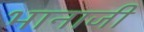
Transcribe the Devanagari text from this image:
भानाजी